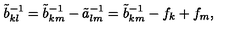
\tilde { b } _ { k l } ^ { - 1 } = \tilde { b } _ { k m } ^ { - 1 } - \tilde { a } _ { l m } ^ { - 1 } = \tilde { b } _ { k m } ^ { - 1 } - f _ { k } + f _ { m } ,